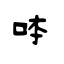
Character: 呠